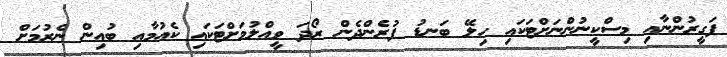
ފަގީރުންނާއި މިސްކީނުންނަށްޓަކައި ހިލޭ ބަނޑު ފުރެންދެން ރޯދަ ވީއްލުމަށްޓަކައި ކެއުމާއި ބުއިން ނެރުމަށް